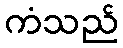
ကံသည်